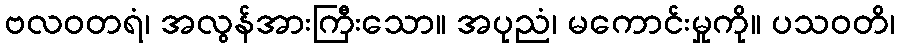
ဗလဝတရံ၊ အလွန်အားကြီးသော။ အပုညံ၊ မကောင်းမှုကို။ ပသဝတိ၊